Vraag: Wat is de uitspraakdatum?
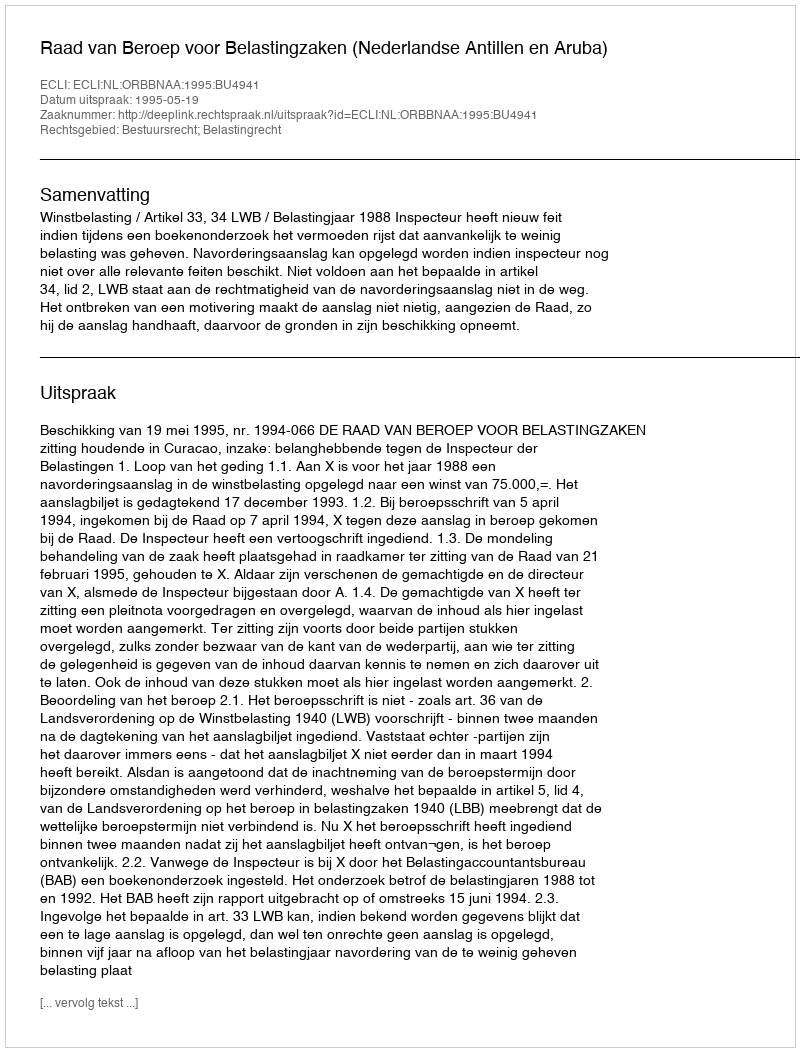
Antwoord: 1995-05-19